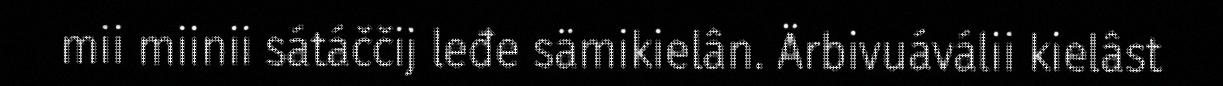
mii miinii sátáččij leđe sämikielân. Ärbivuáválii kielâst